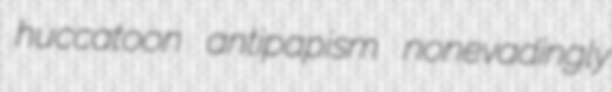
huccatoon antipapism nonevadingly